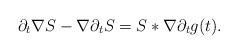
LaTeX: \begin{align*} \partial_t\nabla S-\nabla\partial_tS=S*\nabla\partial_tg(t).\end{align*}